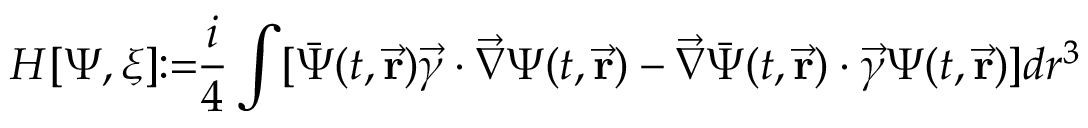
H [ \Psi , \xi ] \! \! : = \! \! \frac { i } { 4 } \int [ \bar { \Psi } ( t , \vec { \bf r } ) \vec { \gamma } \cdot \vec { \nabla } \Psi ( t , \vec { \bf r } ) - \vec { \nabla } \bar { \Psi } ( t , \vec { \bf r } ) \cdot \vec { \gamma } \Psi ( t , \vec { \bf r } ) ] d r ^ { 3 }